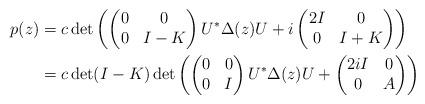
LaTeX: \begin{align*}\begin{aligned}p(z) &= c \det\left( \begin{pmatrix} 0 & 0 \\ 0 & I-K \end{pmatrix} U^* \Delta(z) U + i\begin{pmatrix} 2I & 0 \\ 0 & I+K \end{pmatrix}\right)\\&= c \det(I-K)\det\left( \begin{pmatrix} 0 & 0 \\ 0 & I \end{pmatrix} U^*\Delta(z) U + \begin{pmatrix} 2iI & 0 \\ 0 & A \end{pmatrix}\right)\end{aligned}\end{align*}